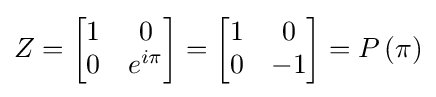
Z={\begin{bmatrix}1&0\\0&e^{i\pi }\end{bmatrix}}={\begin{bmatrix}1&0\\0&-1\end{bmatrix}}=P\left(\pi \right)